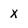
Character: x